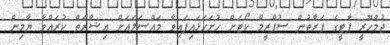
ޖުމްހޫރީ ޕާޓީގެ ފަރާތުން ސުޕްރީމް ކޯޓަށް ހުށަހަޅައިފައިވާ މައްސަލައަށް އިޝާރަތް ކުރައްވާ ޔާމިން